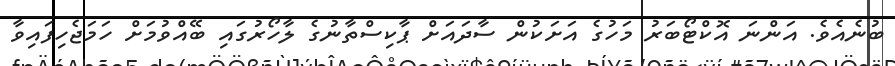
ބުނެއެވެ. އަންނަ އޮކްޓޯބަރު މަހުގެ އަށަކުން ސާދައަށް ޕާކިސްތާނުގެ ލާހޯރުގައި ބޭއްވުމަށް ހަމަޖެހިފައިވާ